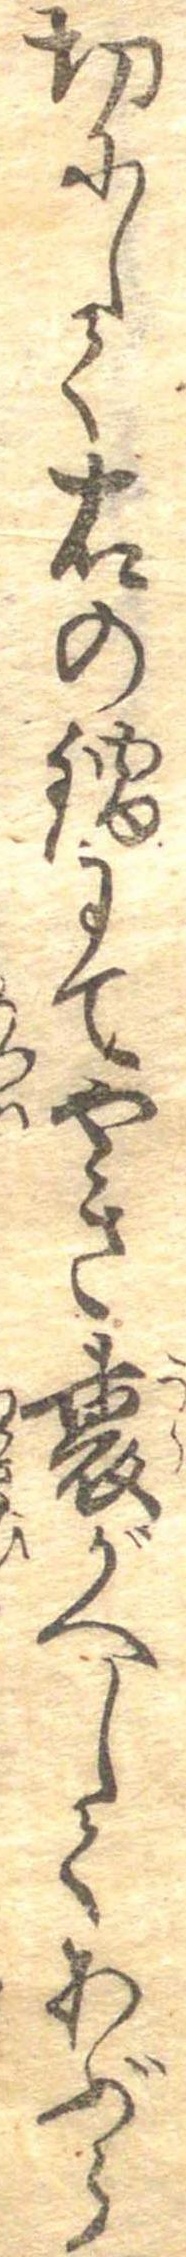
切にして右の鍋にてやき裏がへしてあぶら